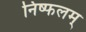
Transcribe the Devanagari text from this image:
निष्फलम्